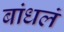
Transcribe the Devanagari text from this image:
बांधलं